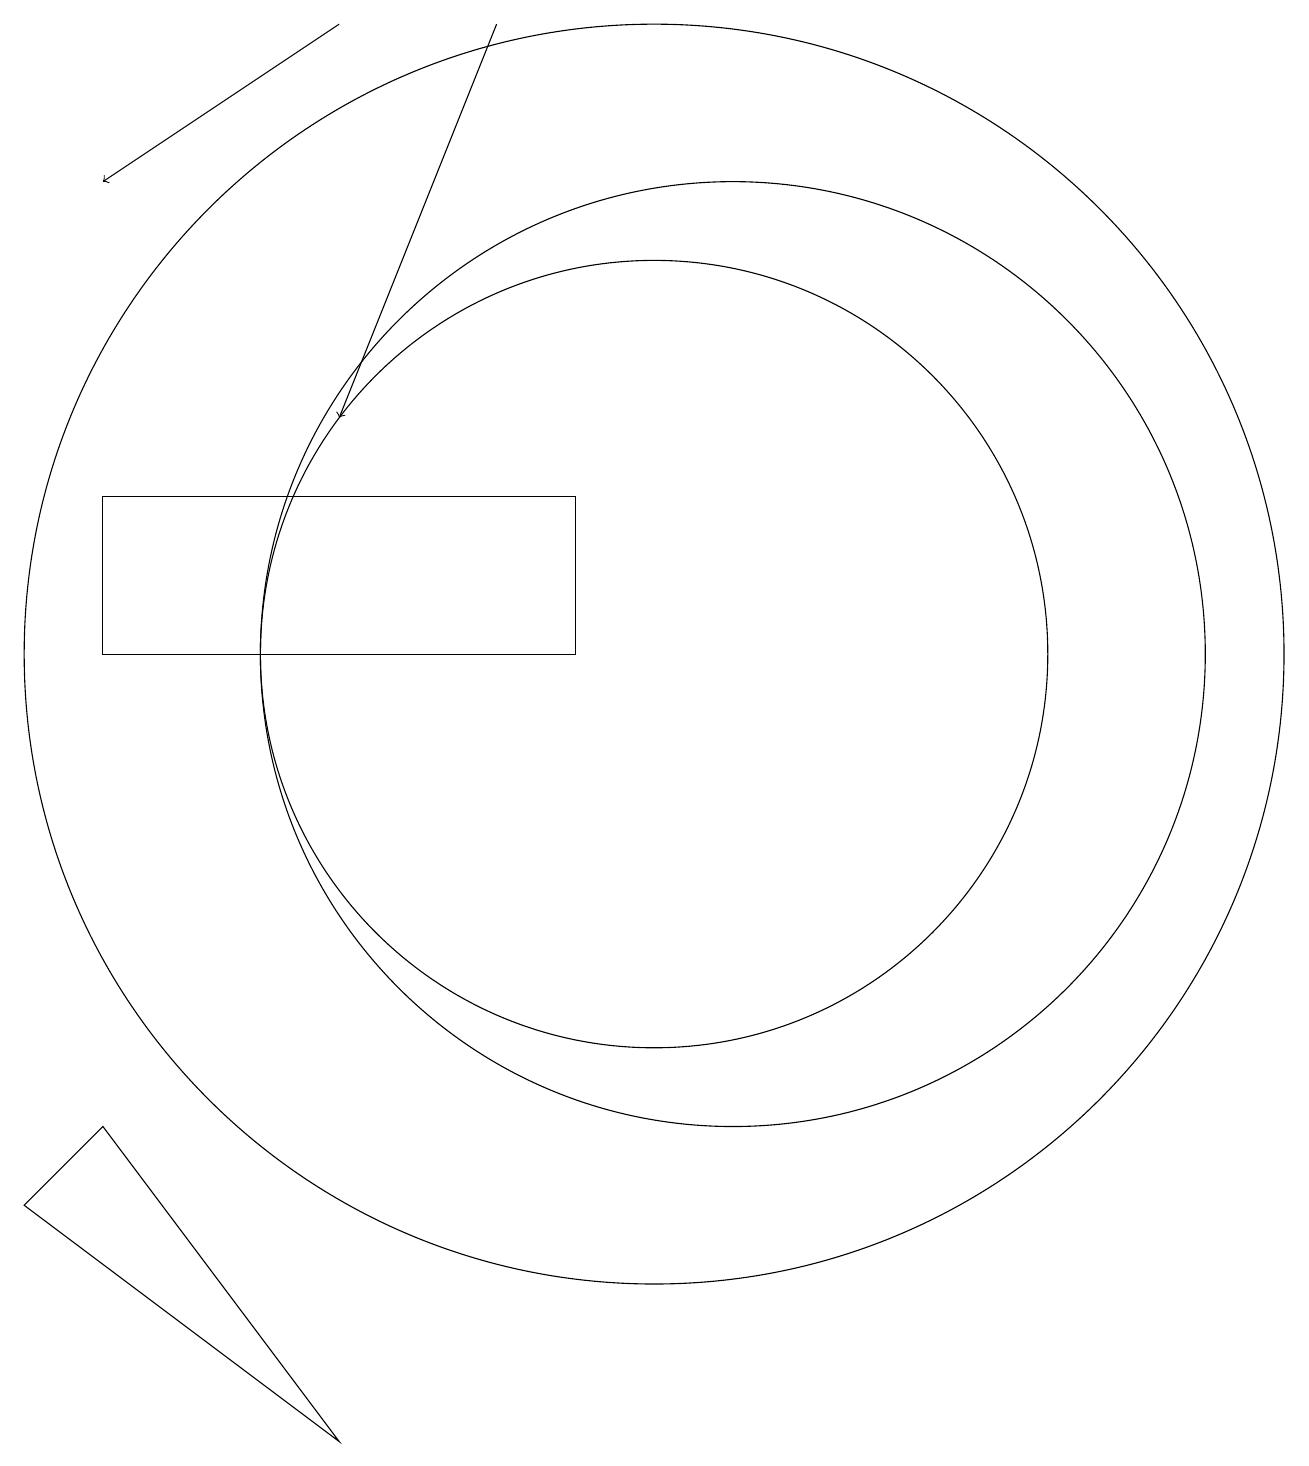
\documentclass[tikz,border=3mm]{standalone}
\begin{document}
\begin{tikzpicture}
\draw (10,10) circle (8);
\draw[->] (6,18) -- (3,16);
\draw (11,10) circle (6);
\draw (2,3) -- (6,0) -- (3,4) -- cycle;
\draw (10,10) circle (5);
\draw (3,12) rectangle (9,10);
\draw[->] (8,18) -- (6,13);
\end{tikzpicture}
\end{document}